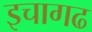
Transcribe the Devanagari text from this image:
इचागढ